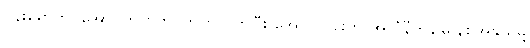
ဗန်းမော်တင်အောင်က ဗကပဘက်လိုက်ပြီး အောင်လင်းက အလံနီကွန်မြူနစ်အနွယ်မို့